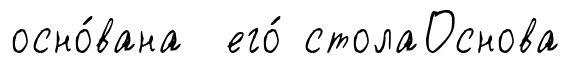
осно́вана его́ столаОснова